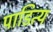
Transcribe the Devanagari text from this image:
पाडित्य